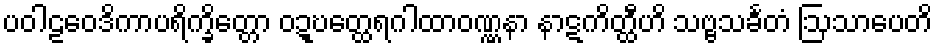
ပဝါဠဝေဒိကာပရိက္ခိတ္တော ဝဍ္ဎတ္ထေရဂါထာဝဏ္ဏနာ နာဋကိတ္ထီဟိ သဗ္ဗသင်္ခတံ ဩသာပေတိ